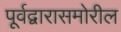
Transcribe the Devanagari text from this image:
पूर्वद्वारासमोरील